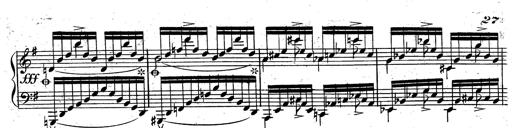
Title: Rondeau fantastique sur un thÃ¨me espagnol
Composer: Franz Liszt